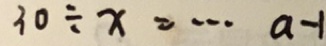
3 0 \div x = \cdots a - 1